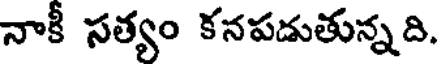
నాకీ సత్యం కనపడుతున్నది.